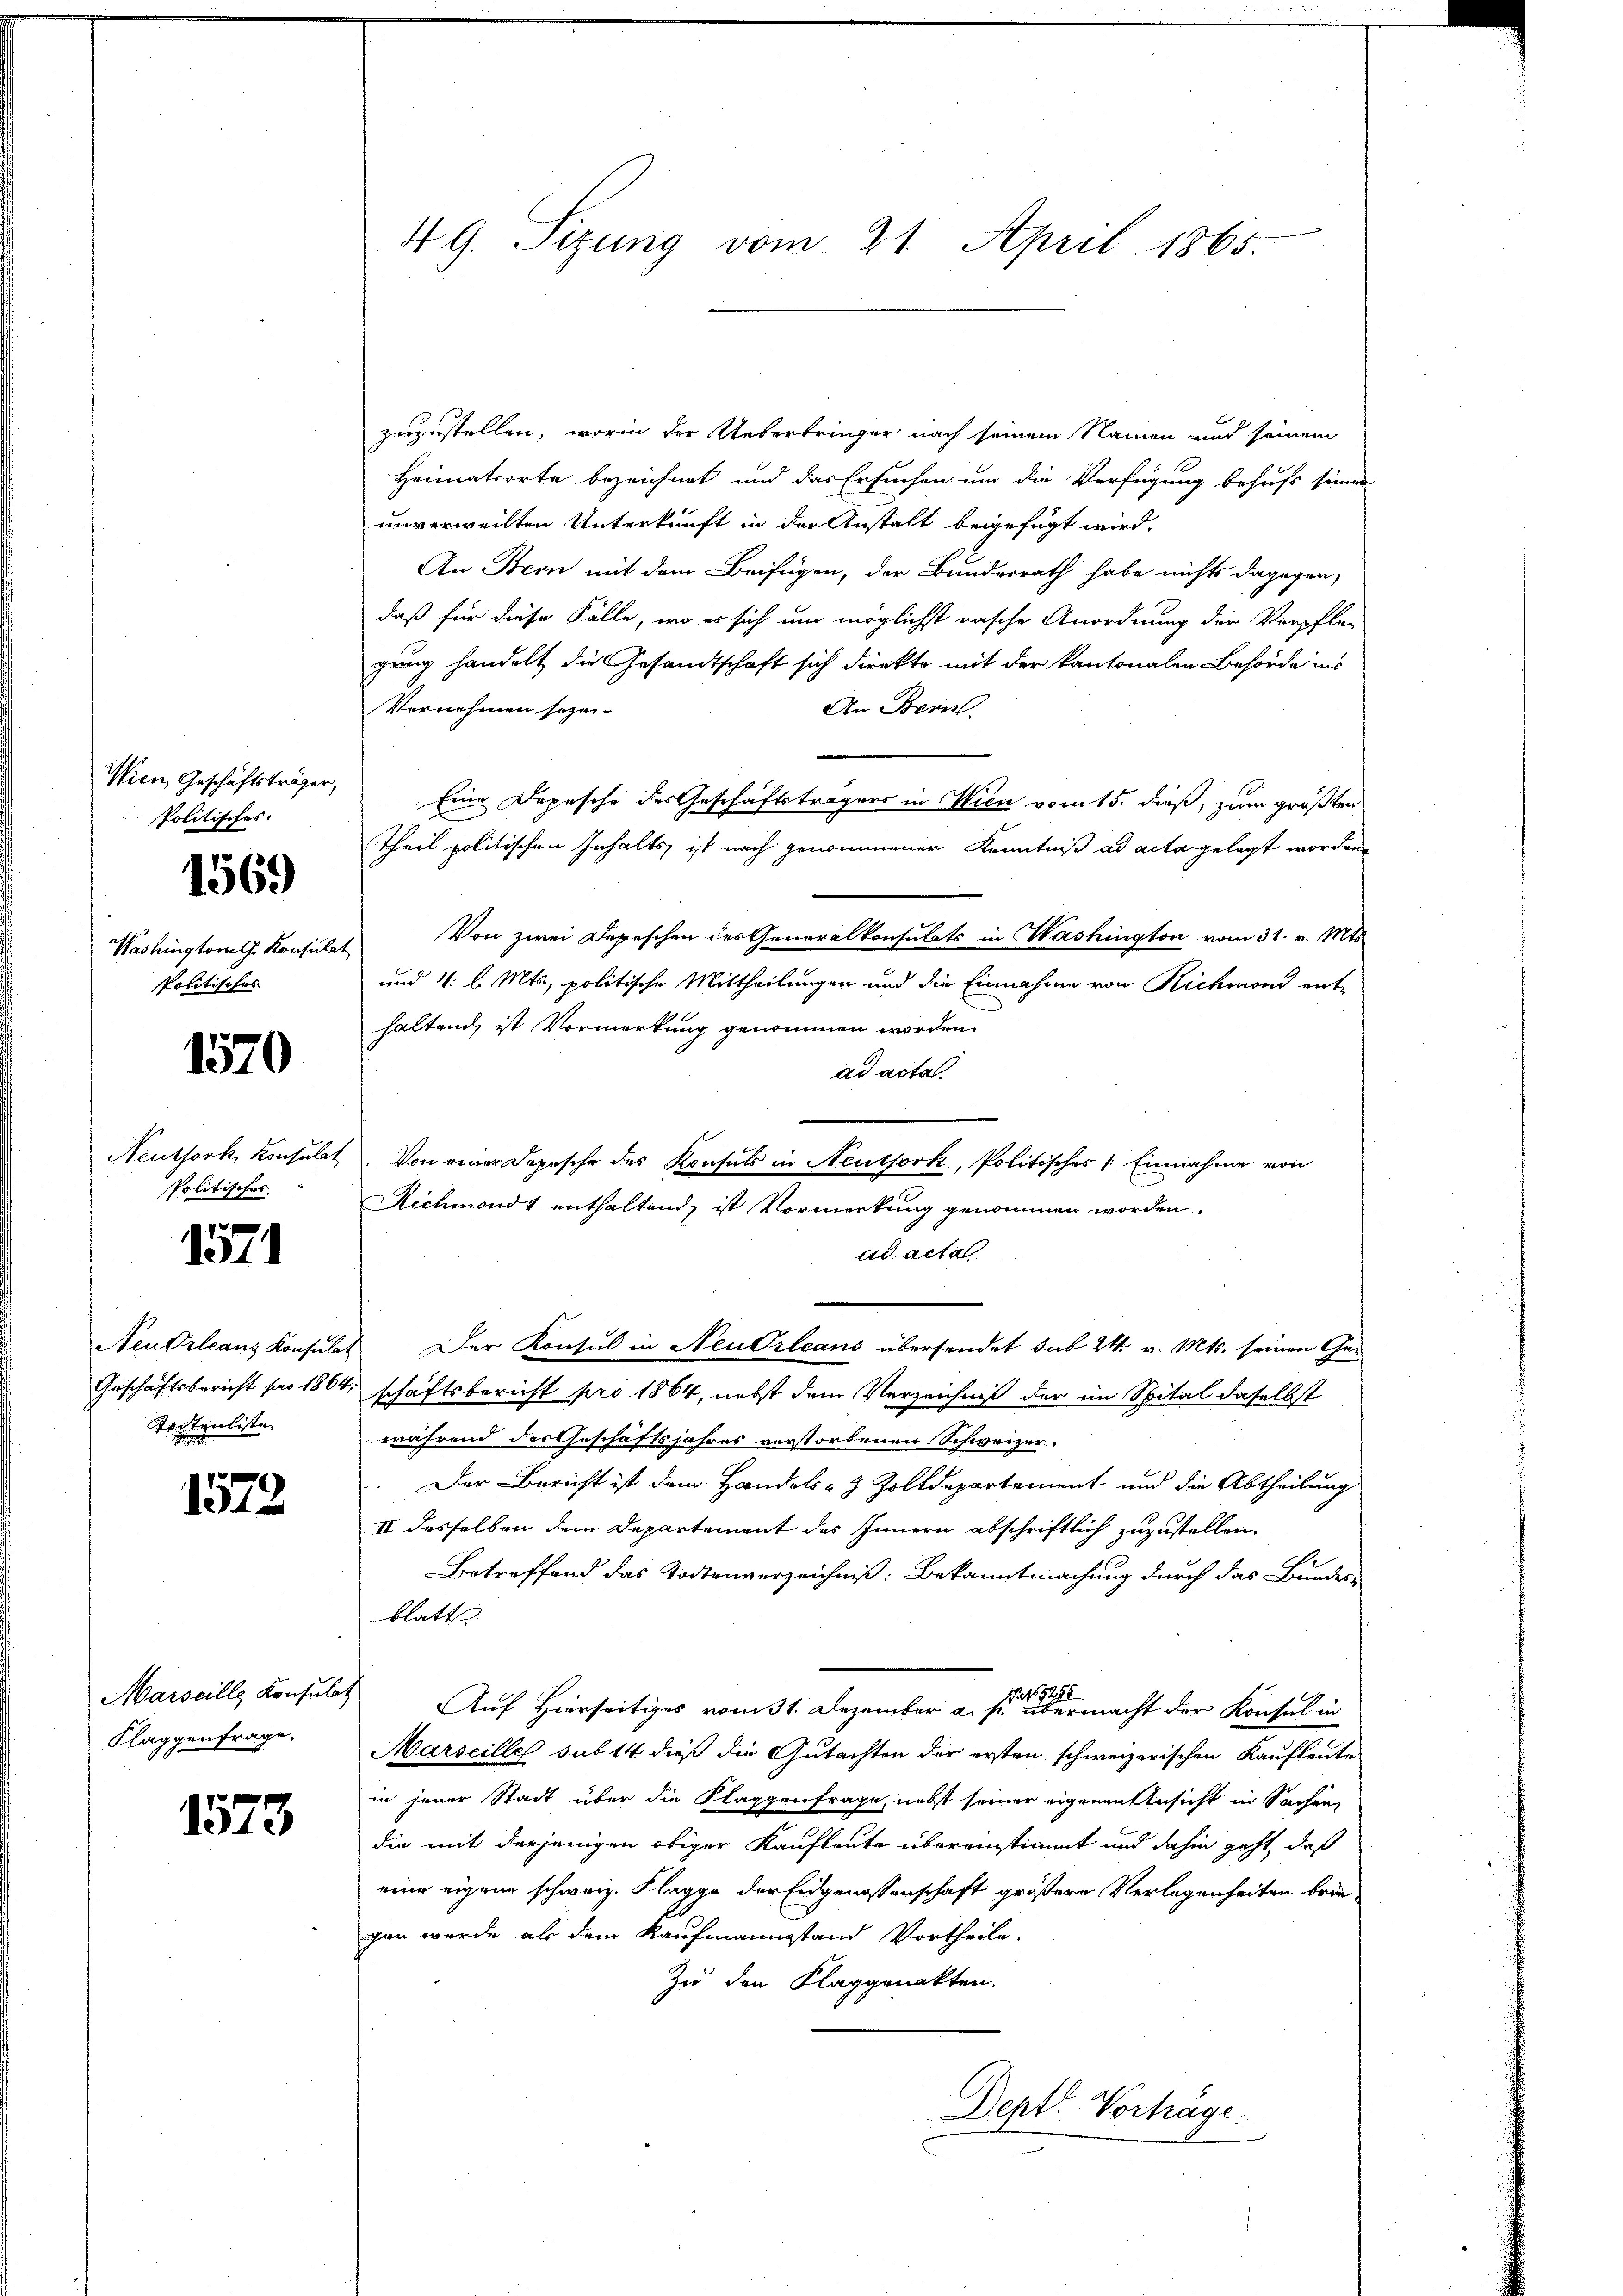
Wien, Geschäftsträger,
Politisches.

s

1569

Washington G. Konsulat
politisches

1570

Neuthork, Konsulat
politischer

1571

Neu Orleans Konsulat
Geschäftsbericht pro 1864.
Toitenliste

1572

Marseille Konsulat
Flaggenfrage.

1573

49. Sizung vom 21. April 1865.

zuzustellen, worin der Ueberbringer nach seinem Namen und seinem
Heimatsorte bezeichnet und das Ersuchen um die Verfügung behufs seiner
unverweilten Unterkunft in der Anstalt beigefügt wird.
An Bern mit dem Beifügen, der Bundesrath habe nichts dagegen,
daß für diese Fälle, wo es sich um möglichst rasche Anordnung der Verpflegung handelt die Gesandtschaft sich direkte mit der kantonalen Behörde ins
Vernehmen sezei-
An Bern.
Eine Depesche des Geschäftsträgers in Wien vom 15. dieß, zum größten
Theil politischen Inhalts ist nach genommener Kenntniß ad acta gelegt worden
Von zwei Depeschen des Generalkonsulats in Washington vom 31. v. Mts.
und 4. l. Mts, politische Mittheilungen und die Einnahme von Richmond ent-
haltend, ist Vormerkung genommen worden.
ad acta
Von einer Depesche des Konsuls in Neuthork, Politisches /: Einnahme von
Richmond enthaltend, ist Vormerkung genommen worden.
ad acta
Der Konsul in Neu Orleans übersendet sub 24. v. Mts. seinen Garschaftsbericht pro 1864, nebst dem Verzeichniß der im Spital daselbst
während des Geschäftsjahres verstorbenen Schweizer-
.Der Bericht ist dem Handels- & Zolldepartement und die Abtheilung
II desselben dem Departement des Innern abschriftlich zuzustellen.
Betreffend das Todtenverzeichniß: Bekanntmachung durch das Bundes-
blatt
Auf Hierseitiges vom 31. Dezember a. s. an der macht der Konsul in
Marseilles sub 14 dieß die Gutachten der ersten schweizerischen Kaufleute
in jener Stadt über die Klaggenfrage, nebst seiner eigenen Ansicht in Sachen
die mit derjenigen obiger Kaufleute übereinstimmt und dahin geht, daß
eine eigene schweiz. Klagge der Eidgenossenschaft größere Verlegenheiten brin-
gen werde als dem Kaufmannsstand Vortheile.
Zu den Klaggonakten.
Dept: Vortrage.